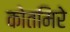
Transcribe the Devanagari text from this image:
कोतमिरे